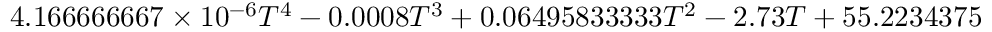
4 . 1 6 6 6 6 6 6 6 7 \times 1 0 ^ { - 6 } T ^ { 4 } - 0 . 0 0 0 8 T ^ { 3 } + 0 . 0 6 4 9 5 8 3 3 3 3 3 T ^ { 2 } - 2 . 7 3 T + 5 5 . 2 2 3 4 3 7 5